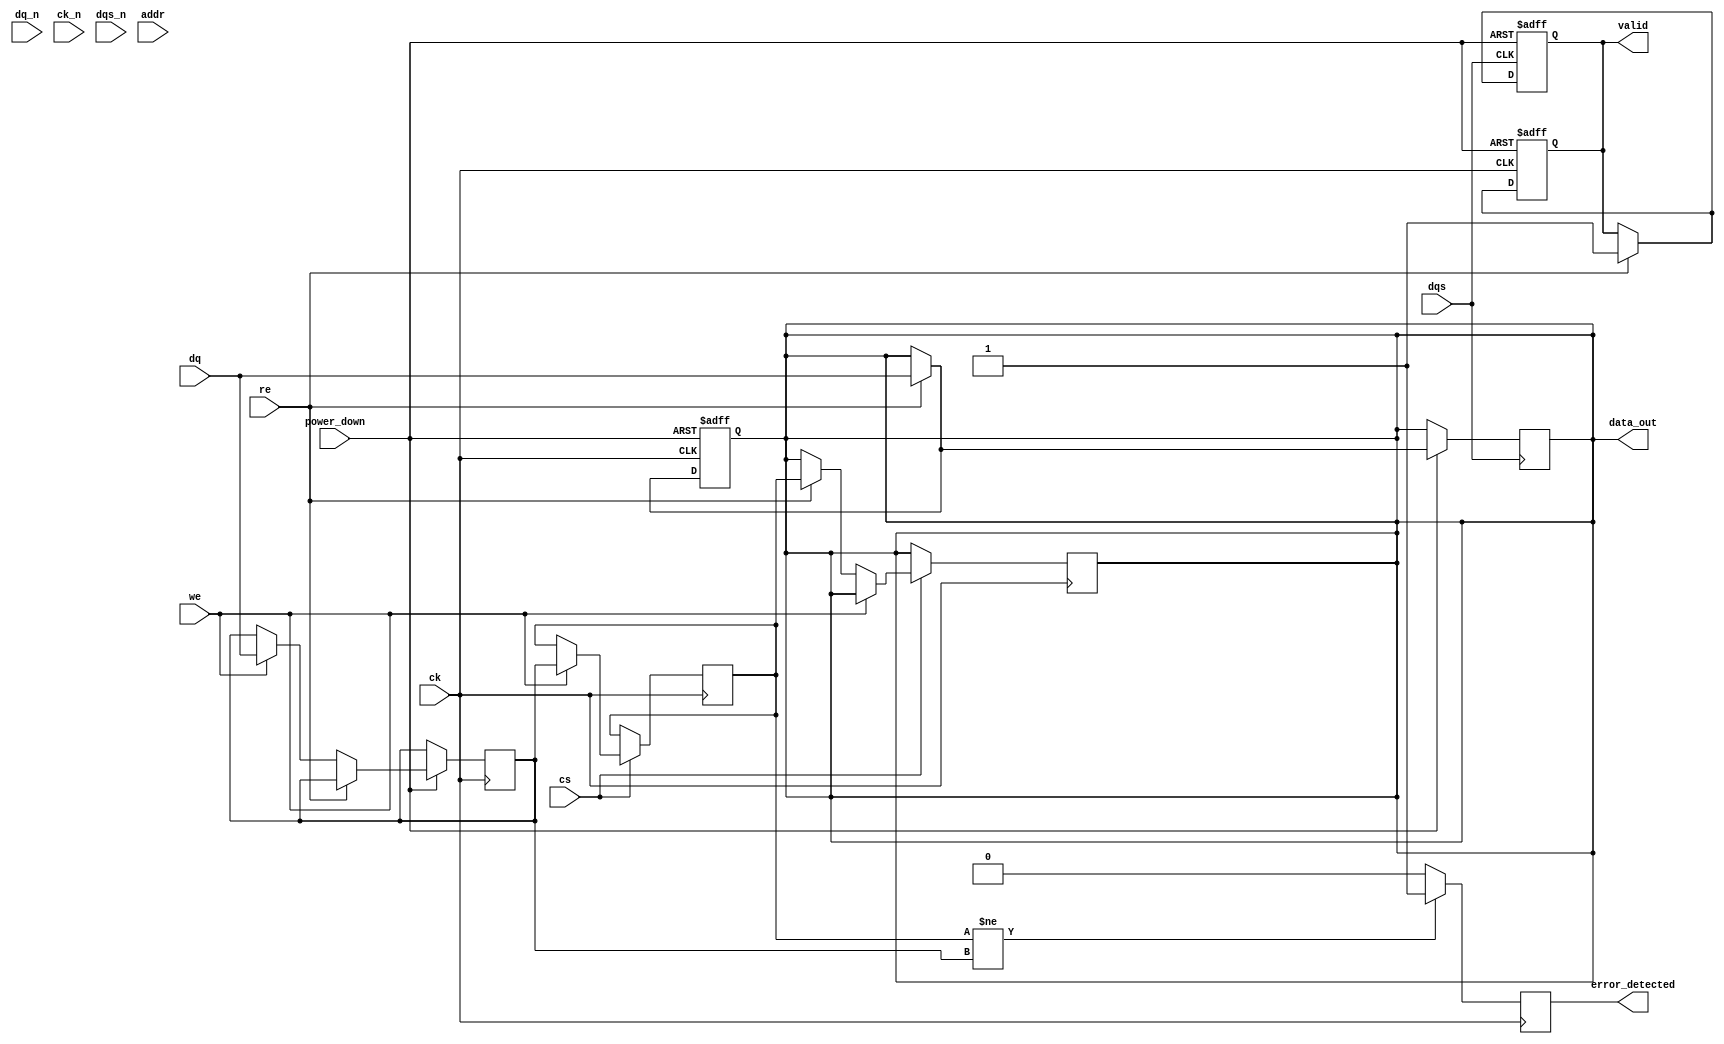
module gddr2_io_block (
    input wire [63:0] dq,          // Data input/output (64 bits)
    input wire [63:0] dq_n,        // Complementary data input/output (64 bits)
    input wire ck,                 // Clock input
    input wire ck_n,               // Complementary clock input
    input wire dqs,                // Data strobe
    input wire dqs_n,              // Complementary data strobe
    input wire cs,                 // Chip Select
    input wire we,                 // Write Enable
    input wire re,                 // Read Enable
    input wire [15:0] addr,        // Address lines
    input wire power_down,         // Power down mode
    output reg [63:0] data_out,    // Data output
    output reg valid,              // Data valid signal
    output reg error_detected      // Error detection signal
);

    // Parameters for timing and configuration
    parameter DATA_WIDTH = 64;
    parameter ADDR_WIDTH = 16;
    parameter CLK_PERIOD = 10; // Example clock period in ns

    // Internal signals
    reg [63:0] data_in;
    reg [63:0] data_buffer;
    reg [3:0] drive_strength; // Programmable drive strength
    reg [1:0] mode;           // Operational mode (read, write, idle)

    // Clock management
    always @(posedge ck or negedge power_down) begin
        if (!power_down) begin
            // Power down logic
            data_out <= 64'b0;
            valid <= 1'b0;
        end else begin
            // Capture data on rising edge of clock
            if (re) begin
                data_out <= dq; // Read data
                valid <= 1'b1;  // Data is valid
            end else if (we) begin
                data_buffer <= dq; // Buffer data for writing
            end
        end
    end

    // Data strobe management
    always @(posedge dqs or negedge power_down) begin
        if (!power_down) begin
            // Reset logic
            valid <= 1'b0;
        end else begin
            // Logic for data strobe
            if (re) begin
                // Capture data on DQS rising edge
                data_out <= dq;
                valid <= 1'b1;
            end
        end
    end

    // Error detection logic (simple example)
    always @(posedge ck) begin
        if (data_in != data_buffer) begin
            error_detected <= 1'b1; // Error detected
        end else begin
            error_detected <= 1'b0; // No error
        end
    end

    // Termination and drive strength control (simplified)
    always @(posedge ck) begin
        // Example of setting drive strength
        if (power_down) begin
            drive_strength <= 4'b1111; // Maximum drive strength
        end else begin
            drive_strength <= 4'b0000; // Minimum drive strength
        end
    end

    // Configuration logic (simplified)
    always @(posedge ck) begin
        if (cs) begin
            if (we) begin
                // Write operation
                data_in <= data_buffer; // Write data to internal register
            end else if (re) begin
                // Read operation
                data_out <= data_in; // Output data
            end
        end
    end

endmodule